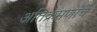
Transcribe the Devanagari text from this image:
अतिक्रमणाचे